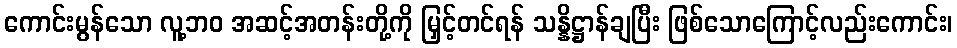
ကောင်းမွန်သော လူ့ဘဝ အဆင့်အတန်းတို့ကို မြှင့်တင်ရန် သန္နိဋ္ဌာန်ချပြီး ဖြစ်သောကြောင့်လည်းကောင်း၊